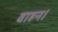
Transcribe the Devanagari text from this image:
वाहन।